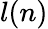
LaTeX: l(n)